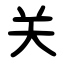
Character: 关